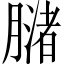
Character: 𬛒